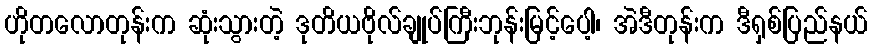
ဟိုတလောတုန်းက ဆုံးသွားတဲ့ ဒုတိယဗိုလ်ချုပ်ကြီးဘုန်းမြင့်ပေါ့၊ အဲဒီတုန်းက ဒီရှစ်ပြည်နယ်